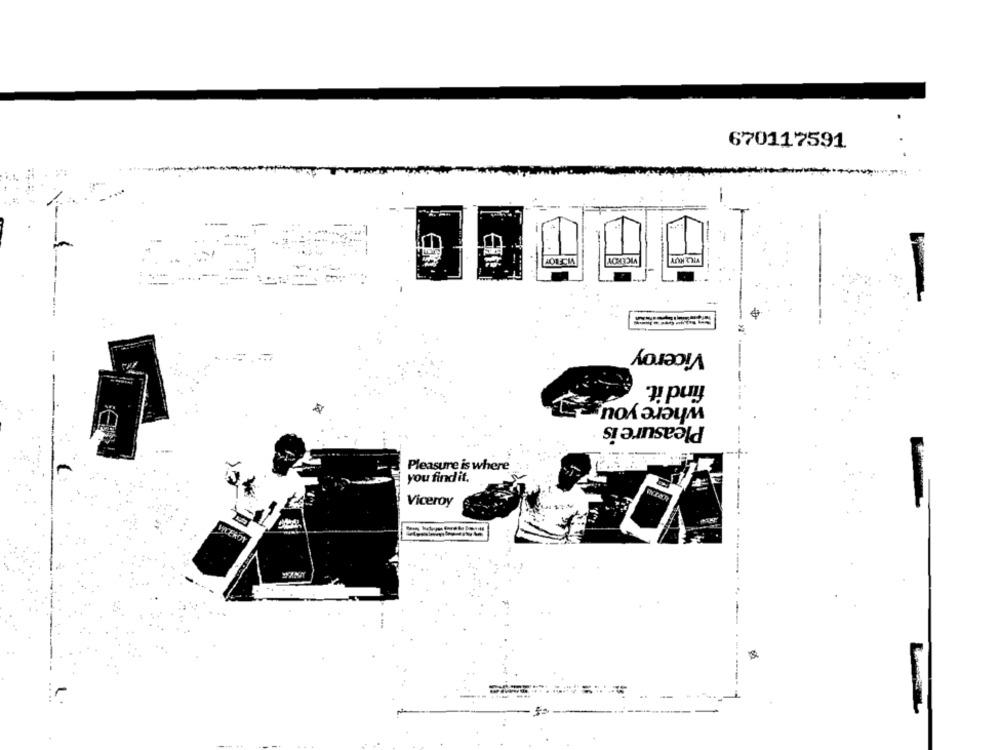
670117591.
VICEROY
VILL HUY
Viceroy
find it.
where youys
Pleasure is
Pleasure is where
you find it.
Viceroy
VICEROY
1